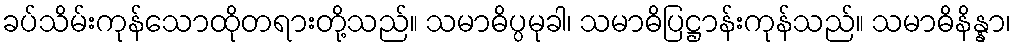
ခပ်သိမ်းကုန်သောထိုတရားတို့သည်။ သမာဓိပ္ပမုခါ၊ သမာဓိပြဋ္ဌာန်းကုန်သည်။ သမာဓိနိန္နာ၊